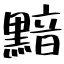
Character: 黯